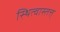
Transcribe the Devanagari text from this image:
स्थित्वास्तत्त्